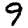
Digit: 9